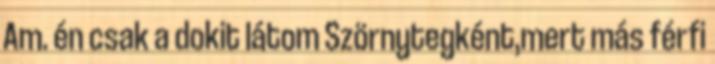
Am. én csak a dokit látom Szörnytegként,mert más férfi